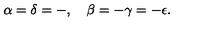
\alpha = \delta = - , \quad \beta = - \gamma = - \epsilon .